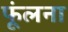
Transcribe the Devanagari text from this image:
फूंलना